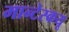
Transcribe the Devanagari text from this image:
मान्टेस्कयू